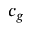
c _ { g }